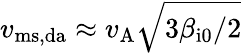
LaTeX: v_{\mathrm{ms,da}}\approx v_{\mathrm{A}}\sqrt{3\beta_{\mathrm{i0}}/2}